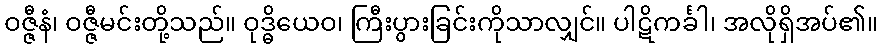
ဝဇ္ဇီနံ၊ ဝဇ္ဇီမင်းတို့သည်။ ဝုဒ္ဓိယေဝ၊ ကြီးပွားခြင်းကိုသာလျှင်။ ပါဋိကင်္ခါ၊ အလိုရှိအပ်၏။